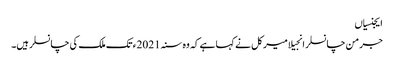
ایجنسیاں
جرمن چانسلر انجیلا میرکل نے کہا ہے کہ وہ سنہ 2021ء تک ملک کی چانسلر ہیں۔